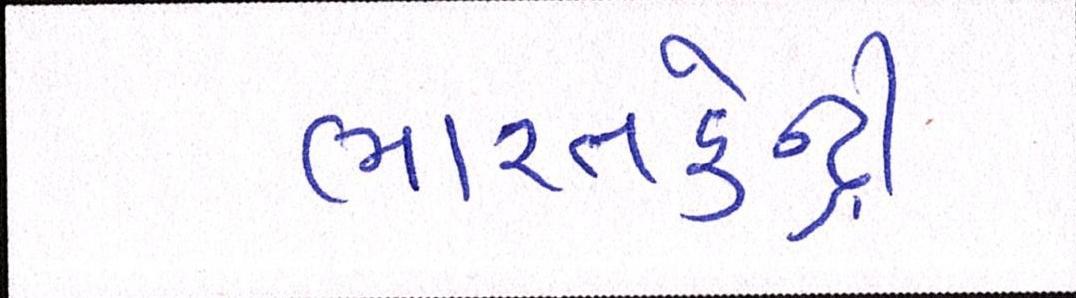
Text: ભારતકેન્દ્રી